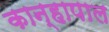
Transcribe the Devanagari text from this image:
कान्हापाल